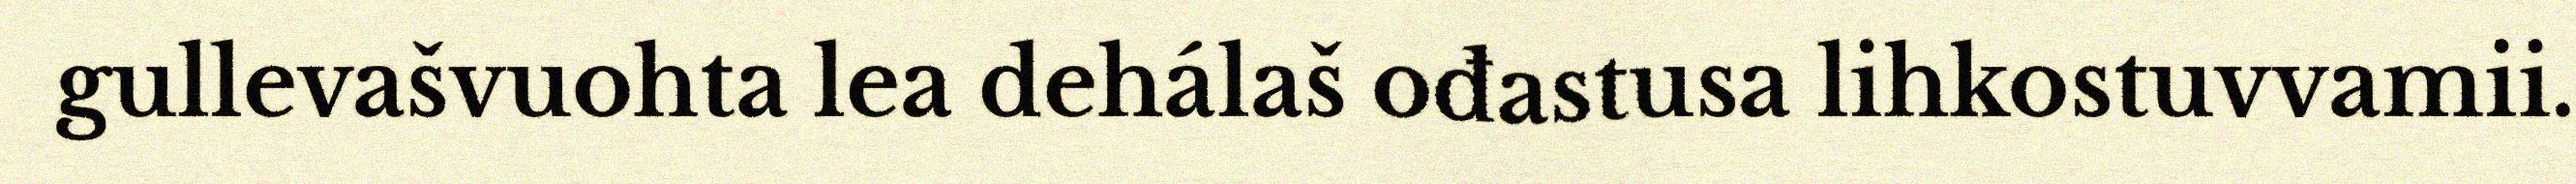
gullevašvuohta lea dehálaš ođastusa lihkostuvvamii.